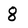
Character: 8